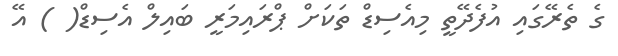
ގެ ތެރޭގައި އުފެދޭތީ މިއެސިޑް ތަކަށް ޕްރައިމަރީ ބައިލް އެސިޑް( ) އޭ